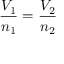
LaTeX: { \frac { V _ { 1 } } { n _ { 1 } } } = { \frac { V _ { 2 } } { n _ { 2 } } }